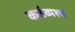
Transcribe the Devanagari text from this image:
कर्तव्यश्च